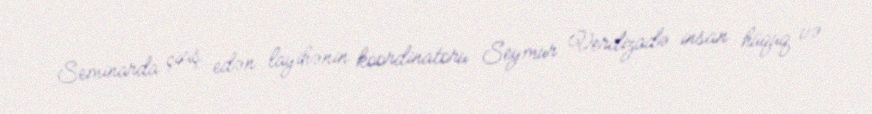
Seminarda çıxış edən layihənin koordinatoru Seymur Verdizadə insan hüquq və